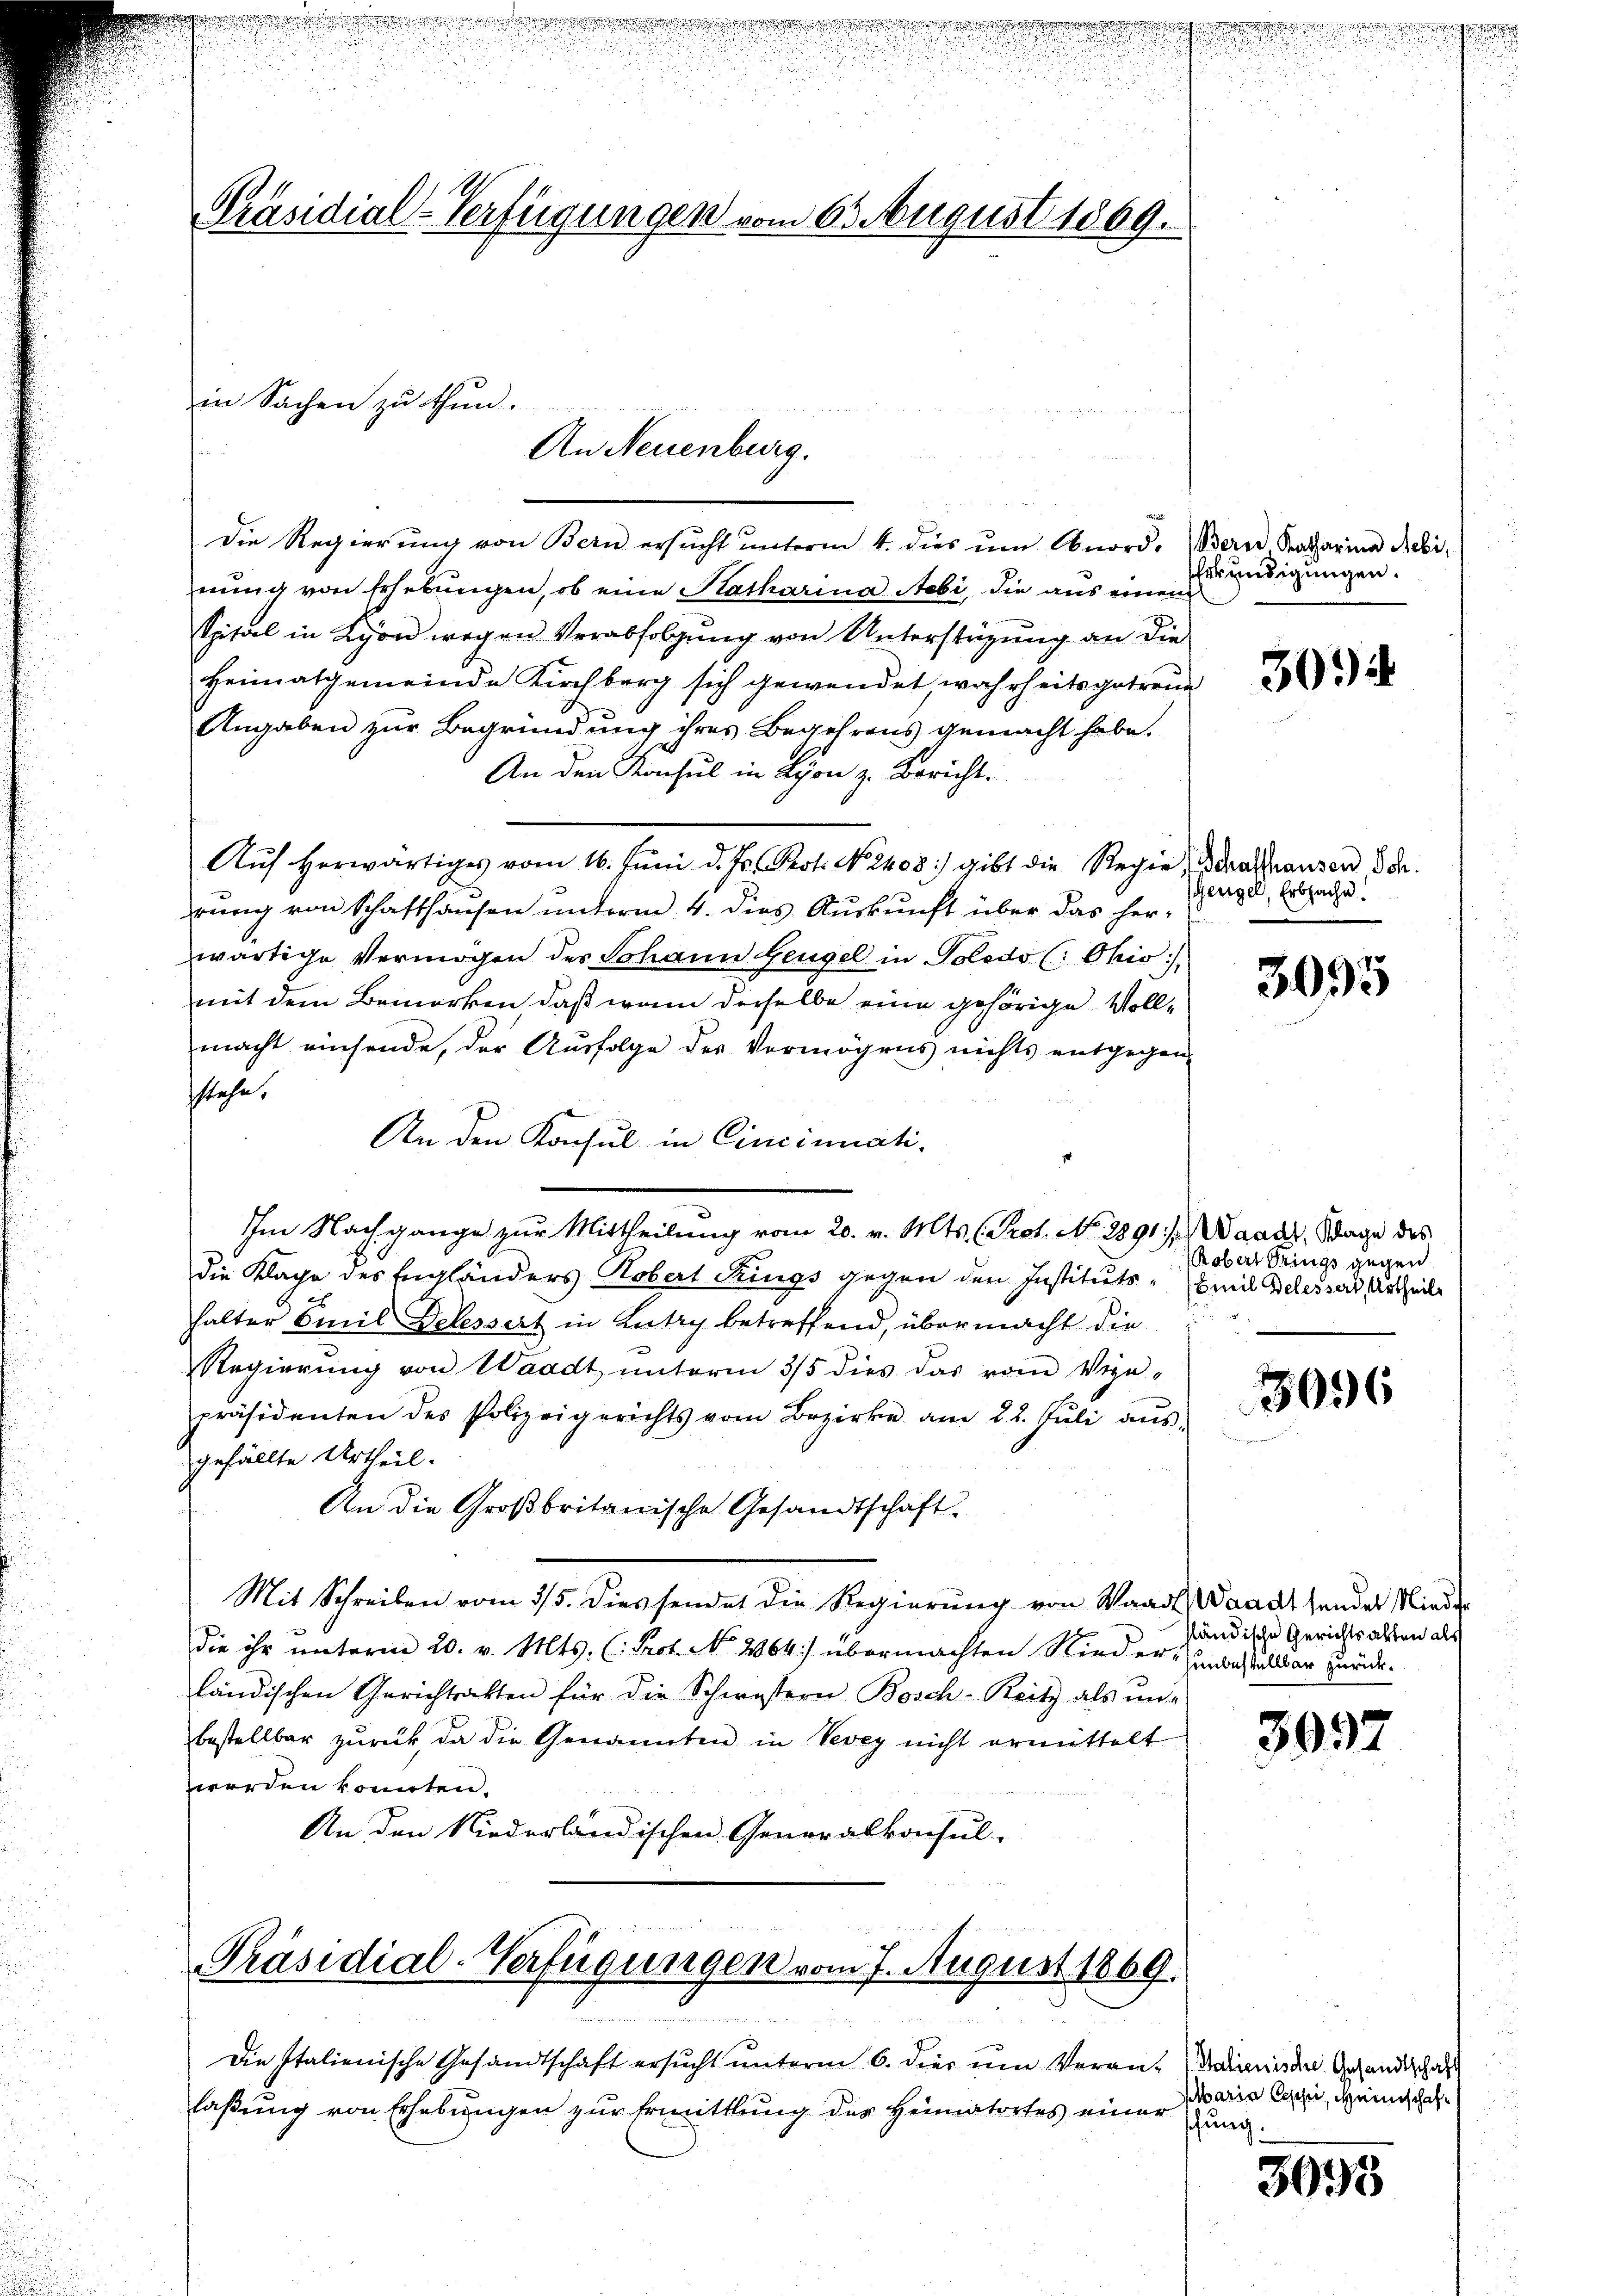
Präsidial-Verfügungen vom 6. August 1869.
in Sachen zu thun.

An Neuenburg.

Die Regierŭng von Bern ersŭcht ŭnterm 4. dies ŭm Anord. Bern Ratharina debi-
nung von Erhebungen, ob eine Katharina Nobi, die aus einen
Spital in Lyon wegen Verabfolgung von Unterstützung an die
Heimatgemeinde Kirchberg sich gewendet wahrheits getreue
Angaben zur Begründung ihres Begehrens gemacht habe.
An den Konsul in Lyon z. Bericht.
Aŭf herwärtiges vom 16. Juni d. Js. Prot. No. 2408) gibt die Regie, trafhausen, dr.
rŭng von Schafthausen ŭnterm 4. dies Aŭskŭnft über das her-
wärtige Vermögen des Johann Zeugel in Poledo (: Ohio,
mit dem Bemerken, daß wenn dieselbe eine gehörige Vollmacht einsende, der Ausfolge des Vermögens nichts entgegen-
stehe.
An den Konsul in Cincinati
Im Nachgange zur Mittheilung vom 20. v. Mts. (Prot. No. 2891. / Waadt, Wage des
die Klage des Engländers Kobert drings gegen den Instituts - Emil Belessard Urtheile
halter Emil Delessert in Lutry betreffend, übermacht die
Regierŭng von Waadt ŭnterm 3/5 dies das vom Viga-
präsidenten des Polizeigerichts vom Bezirke am 22. Jŭli aŭs-
gefällte Urtheil.
An die Großbritanische Gesandtschaft.
Mit Schreiben vom 3/5. Diessendet die Regierung von Waadt, Waadt sender Minder
die ihr unterm 20. v. Mts. (: Prof. No. 2064) übermachten Rieder andaßellbar zurückländischen Gerichtsakten für die Schwestern Bosch - Reitz als und
bestellbar zurück, da die Genannten in Vevey nicht ermittelt
werden könnten.
An den Niederländischen Generalkonsul-

mit den sie er einen
Präsidial-Verfügungen vom 7. August 1869.

laßung von Erhebungen zur Ermittlung des Heimatortes einer

Die Italienische Gesandtschaft ersŭcht ŭnterm 6. die ŭm Veran-

Erkundigungen.

3094

Geeigel, Erbsache.

3095

Robert drings gegen

3036

ständische Gerichtsalten als

3997

Salienische Gesandtschaft
Maria Cessi, Weinschaft
schung.

3095